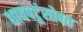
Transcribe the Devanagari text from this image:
धावपटूंसोबत